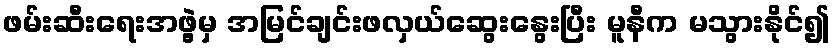
ဖမ်းဆီးရေးအဖွဲ့မှ အမြင်ချင်းဖလှယ်ဆွေးနွေးပြီး မူနီက မသွားနိုင်၍